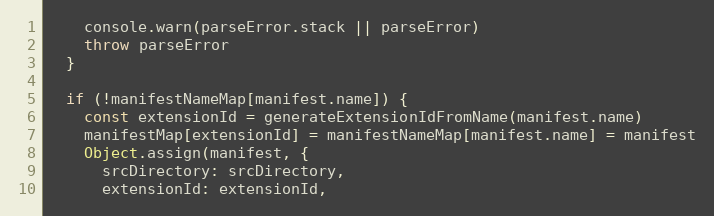
Language: JavaScript
    console.warn(parseError.stack || parseError)
    throw parseError
  }

  if (!manifestNameMap[manifest.name]) {
    const extensionId = generateExtensionIdFromName(manifest.name)
    manifestMap[extensionId] = manifestNameMap[manifest.name] = manifest
    Object.assign(manifest, {
      srcDirectory: srcDirectory,
      extensionId: extensionId,